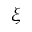
\xi